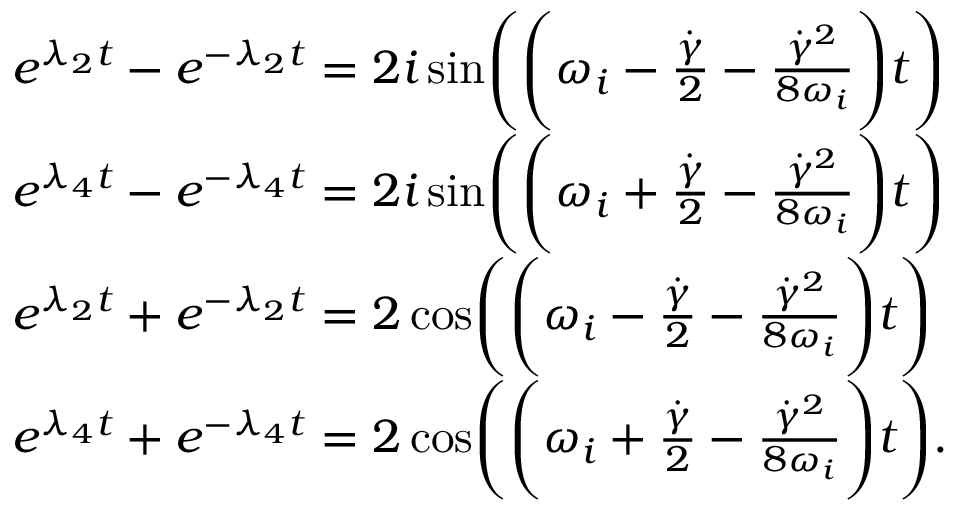
\begin{array} { r l } & { e ^ { \lambda _ { 2 } t } - e ^ { - \lambda _ { 2 } t } = 2 i \sin \Biggl ( \Biggl ( \omega _ { i } - \frac { \dot { \gamma } } { 2 } - \frac { \dot { \gamma } ^ { 2 } } { 8 \omega _ { i } } \Biggr ) t \Biggr ) } \\ & { e ^ { \lambda _ { 4 } t } - e ^ { - \lambda _ { 4 } t } = 2 i \sin \Biggl ( \Biggl ( \omega _ { i } + \frac { \dot { \gamma } } { 2 } - \frac { \dot { \gamma } ^ { 2 } } { 8 \omega _ { i } } \Biggr ) t \Biggr ) } \\ & { e ^ { \lambda _ { 2 } t } + e ^ { - \lambda _ { 2 } t } = 2 \cos \Biggl ( \Biggl ( \omega _ { i } - \frac { \dot { \gamma } } { 2 } - \frac { \dot { \gamma } ^ { 2 } } { 8 \omega _ { i } } \Biggr ) t \Biggr ) } \\ & { e ^ { \lambda _ { 4 } t } + e ^ { - \lambda _ { 4 } t } = 2 \cos \Biggl ( \Biggl ( \omega _ { i } + \frac { \dot { \gamma } } { 2 } - \frac { \dot { \gamma } ^ { 2 } } { 8 \omega _ { i } } \Biggr ) t \Biggr ) . } \end{array}